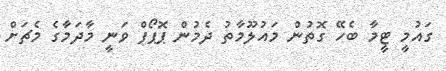
ގައުމީ ޓީމާ ބެހޭ ގޮތުން މައުލޫމާތު ދެމުން ޕޮޕޯފް ވަނީ މާދަމާގެ މެޗަށް